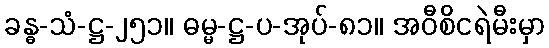
ခန္ဓ-သံ-ဋ္ဌ-၂၅၁။ ဓမ္မ-ဋ္ဌ-ပ-အုပ်-၈၁။ အဝီစိငရဲမီးမှာ